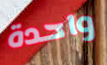
واحدة